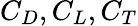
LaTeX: C_{D},C_{L},C_{T}